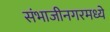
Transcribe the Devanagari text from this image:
संभाजीनगरमध्ये